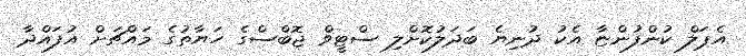
އެޕަލް ކުންފުންޏާ އެކު ދުނިޔެ ބަދަލުކޮށްލި ސްޓީވް ޖޮބްސްގެ ހަޔާތުގެ މައްޗަށް އުފައްދާ